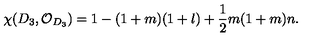
\chi ( D _ { 3 } , { \cal O } _ { D _ { 3 } } ) = 1 - ( 1 + m ) ( 1 + l ) + \frac { 1 } { 2 } m ( 1 + m ) n .